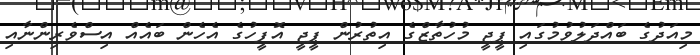
މިއަދުގެ ބައްދަލުވުމުގައި ޕީޖީ މުހުތާޒްގެ އިތުރުން ޕީޖީ އޮފީހުގެ އެހެން ބައެއް އިސްވެރިންނާއި